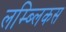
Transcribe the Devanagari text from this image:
लम्ब्लिकस